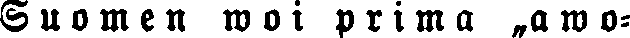
Suomen woi prima ‚awo-